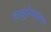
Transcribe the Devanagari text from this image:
आयुर्दायदृष्ट्या